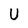
Character: U